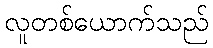
လူတစ်ယောက်သည်